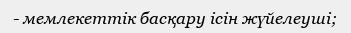
- мемлекеттік басқару ісін жүйелеуші;